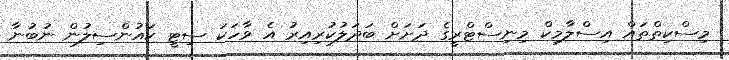
މިސްކިތްތައް އިސްލާމިކް މިނިސްޓްރީގެ ދަށަށް ބަދަލުކުރިއިރު އެ ވާހަކަ ސިޓީ ކައުންސިލުން ނުބުނާ